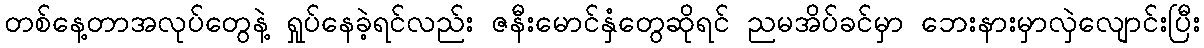
တစ်နေ့တာအလုပ်တွေနဲ့ ရှုပ်နေခဲ့ရင်လည်း ဇနီးမောင်နှံတွေဆိုရင် ညမအိပ်ခင်မှာ ဘေးနားမှာလှဲလျောင်းပြီး